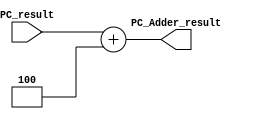
`timescale 1ns / 1ps
//////////////////////////////////////////////////////////////////////////////////
// Company: 
// Engineer: 
// 
// Design Name: 
// Module Name: PC_adder
// Project Name: 
// Target Devices: 
// Tool Versions: 
// Description: 
// 
// Dependencies: 
// 
// Revision:
// Revision 0.01 - File Created
// Additional Comments:
// 
//////////////////////////////////////////////////////////////////////////////////


module PC_adder(
    input [31:0] PC_result,
    output reg [31:0] PC_Adder_result
    );
    always @(PC_result) begin
        PC_Adder_result = PC_result + 4;
    end
endmodule